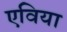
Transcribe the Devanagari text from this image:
एविया